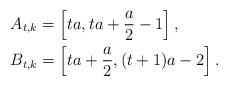
LaTeX: \begin{align*}A_{t,k} & = \left[ta, ta+ \frac{a}{2} - 1 \right],\\B_{t,k} & = \left[ ta + \frac{a}{2}, (t+1)a -2 \right].\end{align*}